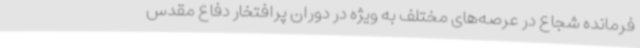
فرمانده شجاع در عرصه‌های مختلف به ویژه در دوران پرافتخار دفاع مقدس